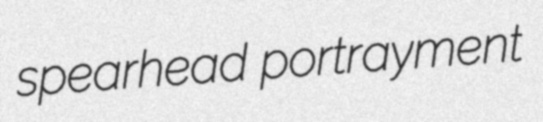
spearhead portrayment